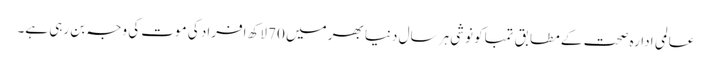
عالمی ادارہ صحت کے مطابق تمباکو نوشی ہر سال دنیا بھر میں 70 لاکھ افراد کی موت کی وجہ بن رہی ہے۔